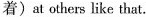
着)at others like that.